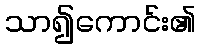
သာ၍ကောင်း၏